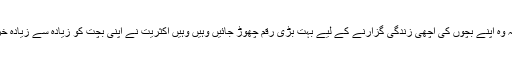
لیکن اکثروالدین چاہتے ہیں کہ وہ اپنے بچوں کی اچھی زندگی گزارنے کے لیے بہت بڑی رقم چھوڑ جائیں وہیں وہیں اکثریت نے اپنی بچت کو زیادہ سے زیادہ خرچ کرنے کے لیے چنا ہے ۔